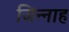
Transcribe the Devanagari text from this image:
जिन्‍नाह